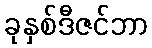
ခုနှစ်ဒီဇင်ဘာ